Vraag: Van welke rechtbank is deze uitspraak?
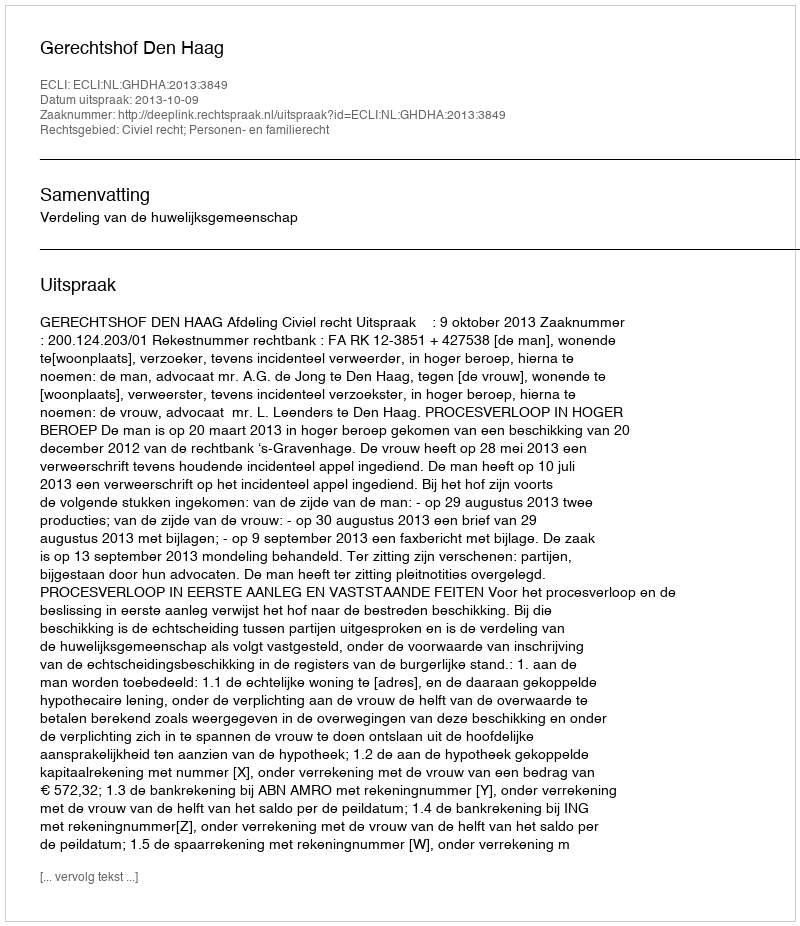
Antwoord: Gerechtshof Den Haag